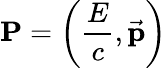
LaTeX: \mathbf{P}=\left({\frac{E}{c}},{\vec{\mathbf{p}}}\right)